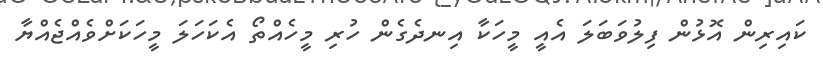
ކައިރިން އޮޅުން ފިލުވަބަލަ އެއީ މީހަކާ އިނދެގެން ހުރި މީހެއްތޯ އެކަހަލަ މީހަކަށްވެއްޖެއްޔާ